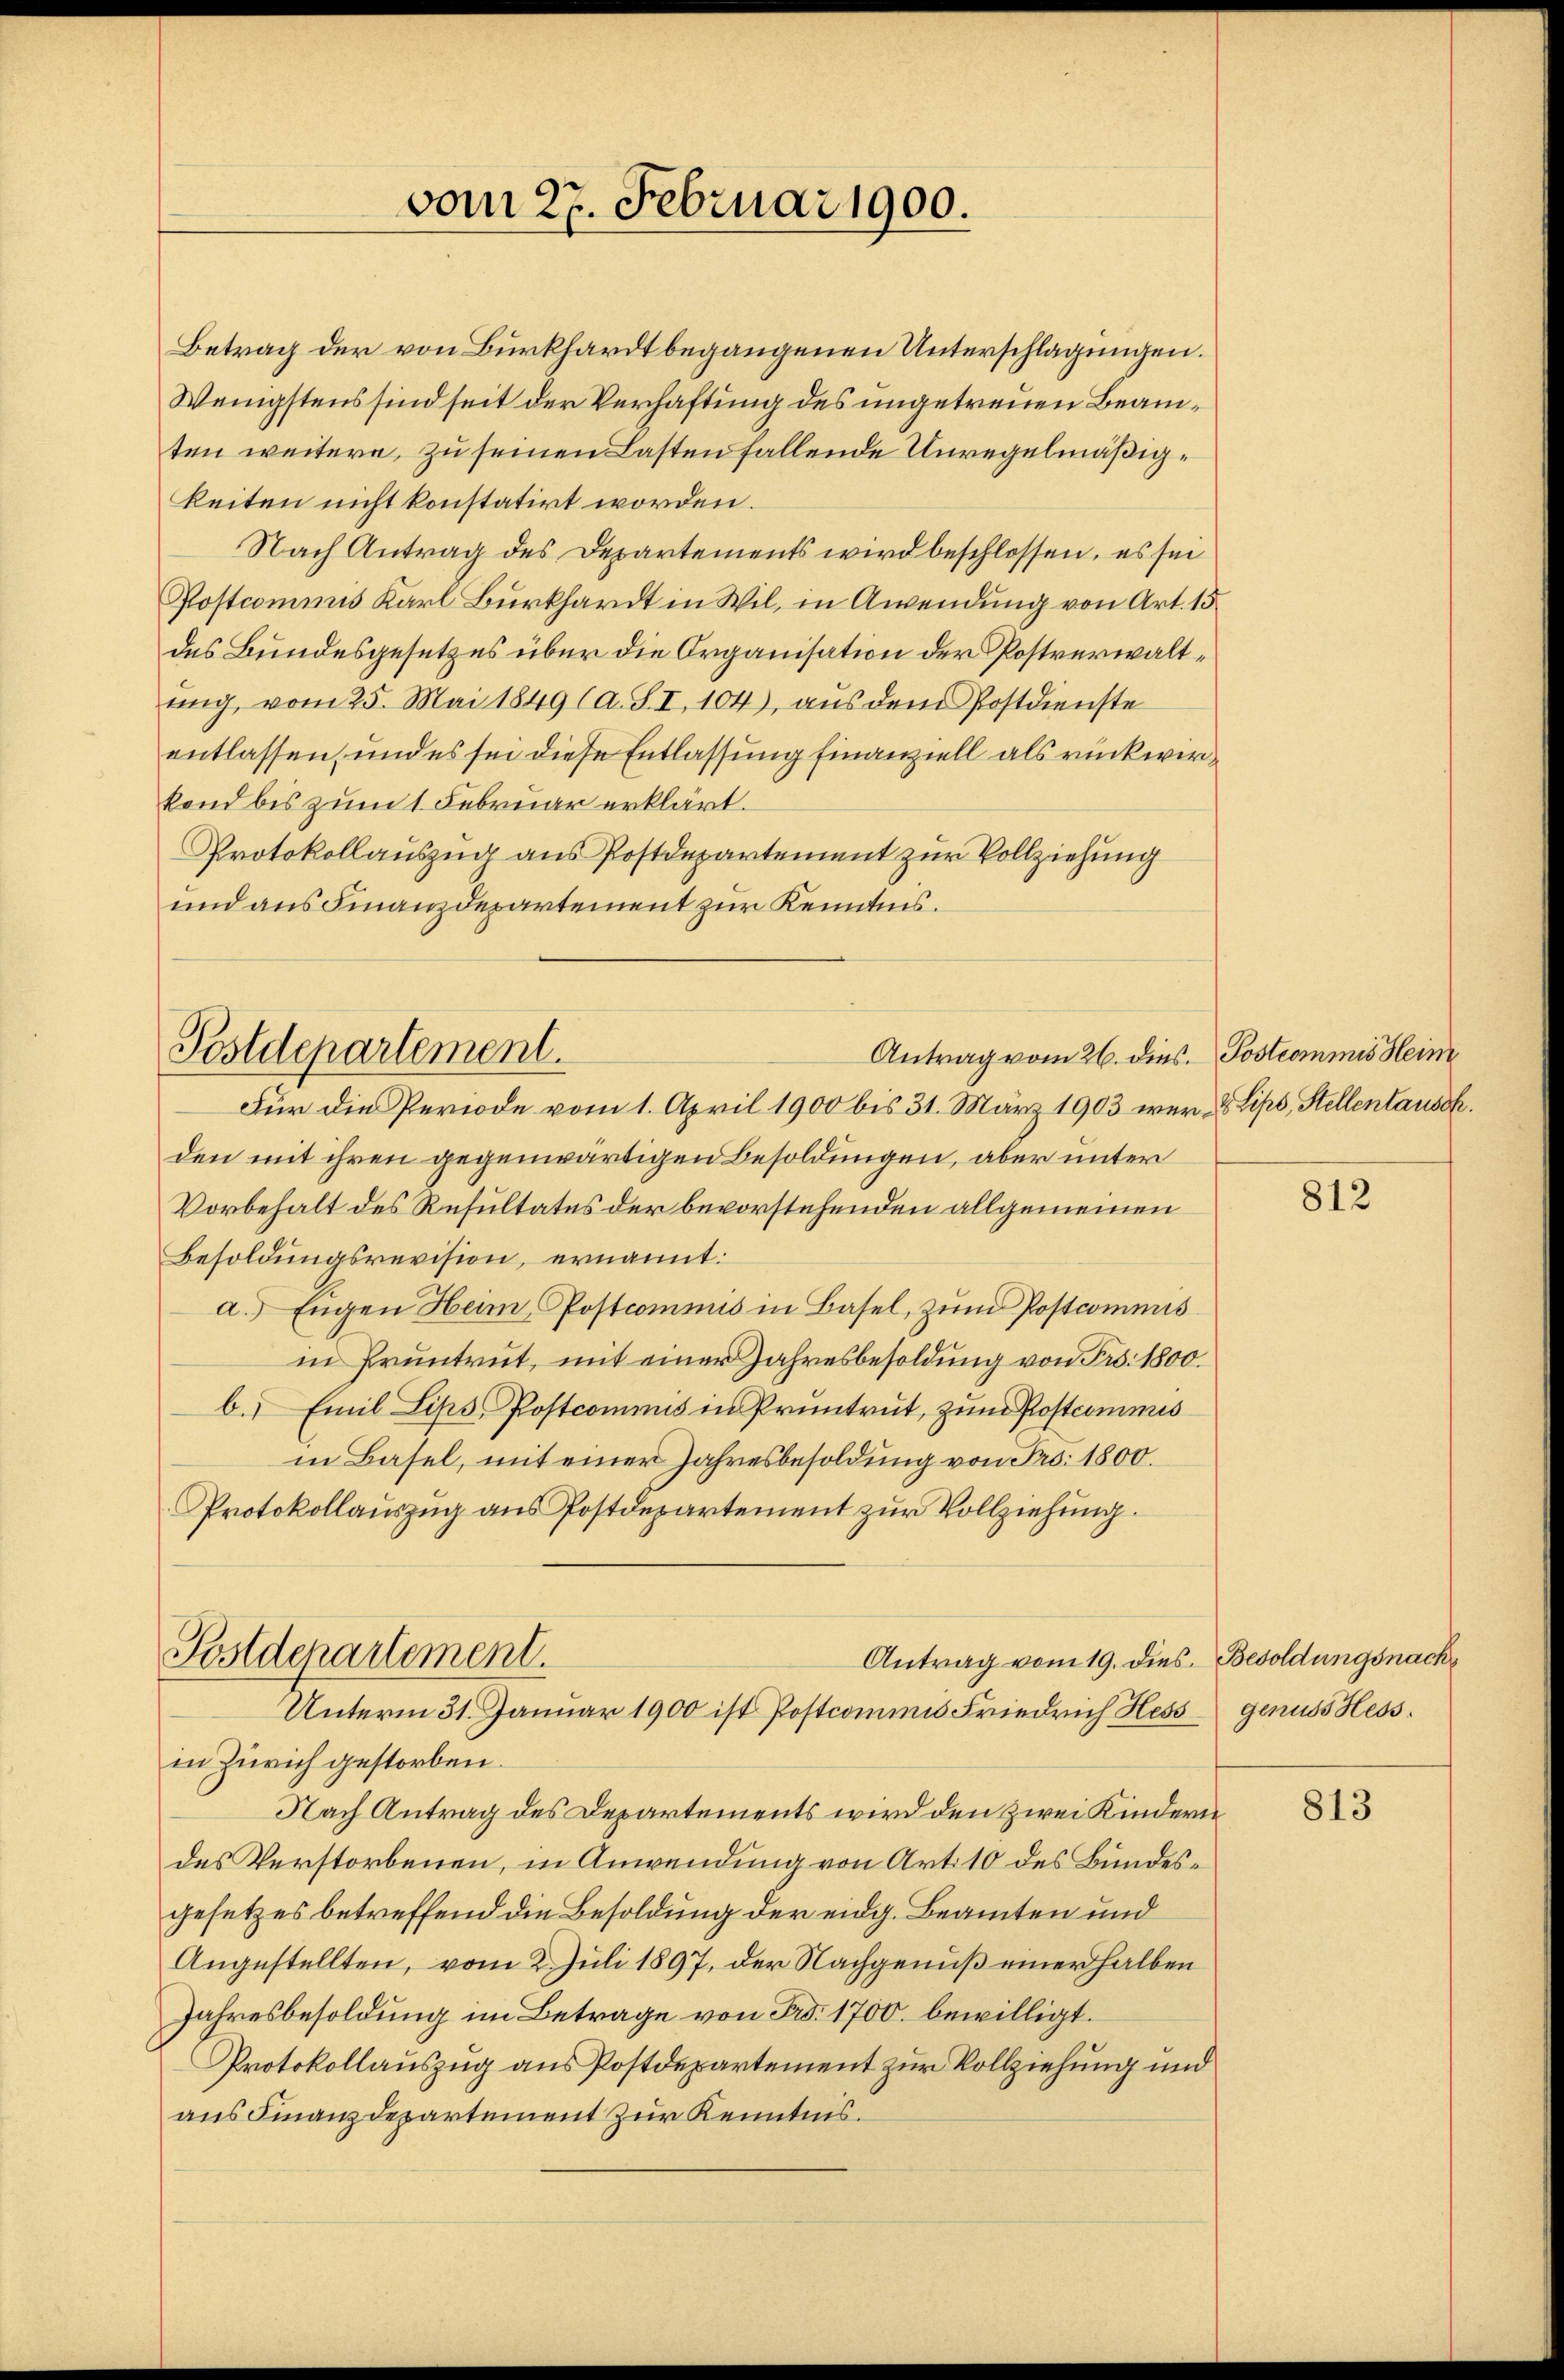
Postdepartement.

vom 27. Februar 1900.

Betrag der von Burkhardt begangenen Unterschlagungen.
Wenigstens sind seit der Verhaftung des ungetreuen Beamten weitere, zu seinen Lasten fallende Unregelmäßigkeiten nicht konstatirt worden.
Nach Antrag des Departements wird beschlossen, es sei
Postcommis Karl Burkhardt in Wil, in Awendung von Art. 15
des Bundesgesetzes über die Organisation der Postverwaltŭng, vom 25. Mai 1849 (a. S. I, 104), aŭs dem Postdienste
entlassen, und es sei diese Entlassung finanziell als rückwirkond bis zum 1 Februar erklärt.
Protokollauszug aus Postdepartement zur Vollziehung
und aus Finanzdepartement zur Kenntnis.
Für die Periode vom 1. April 1900 bis 31. März 1903 wer- & Lips, Stellentausch.
den mit ihren gegenwärtigen Besoldungen, aber unter
Vorbehalt des Resultates der bevorstehenden allgemeinen
Besoldungsrevision, ernannt:
a.) Engen Heim, Postcommis in Basel, zum Postcommis
in Pruntrut, mit einer Jahresbesoldung von Frs. 1800.
b. Emil Lips Postcommis in Pruntrut, zum Postcommis
in Basel, mit einer Jahresbesoldung von Fro. 1800.
Protokollauszug aus Postdepartement zur Vollziehung.
Postdepartement.
Antrag vom 19. dies. Besoldungsnach
Unterm 31. Januar 1900 ist Postcommis Friedrich Hess genuss Hessin Zürich gestorben.
Nach Antrag des Departements wird den zwei Kindern
des Verstorbenen, in Anwendung von Art. 10 des Bundesgesetzes betreffend die Besoldung der eidg. Beamten und
Angestellten, vom 2. Juli 1897, der Nachgenuß einer halben
Jahresbesoldung im Betrage von Fr. 1700. bewilligt.
Protokollauszug aus Postdepartement zur Vollziehung und
aus Finanzdepartement zur Kenntnis.

Antrag vom 26. dies. Postcommis Heim

812

813